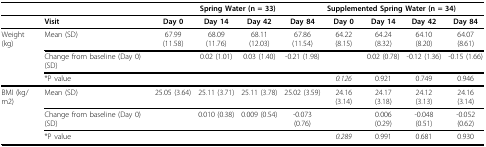
|  |  | <COLSPAN=4> Spring Water (n = 33) | <COLSPAN=4> Supplemented Spring Water (n = 34) |
 | --- | --- | --- | --- | --- | --- | --- | --- | --- | --- |
 |  | Visit | Day 0 | Day 14 | Day 42 | Day 84 | Day 0 | Day 14 | Day 42 | Day 84 |
 | Weight (kg) | Mean (SD) | 67.99 (11.58) | 68.09 (11.76) | 68.11 (12.03) | 67.86 (11.54) | 64.22 (8.15) | 64.24 (8.32) | 64.10 (8.20) | 64.07 (8.61) |
 |  | Change from baseline (Day 0) (SD) |  | 0.02 (1.01) | 0.03 (1.40) | -0.21 (1.98) |  | 0.02 (0.78) | -0.12 (1.36) | -0.15 (1.66) |
 |  | *P value |  |  |  |  | 0.126 | 0.921 | 0.749 | 0.946 |
 | BMI (kg/m2) | Mean (SD) | 25.05 (3.64) | 25.11 (3.71) | 25.11 (3.78) | 25.02 (3.59) | 24.16 (3.14) | 24.17 (3.18) | 24.12 (3.13) | 24.16 (3.14) |
 |  | Change from baseline (Day 0) (SD) |  | 0.010 (0.38) | 0.009 (0.54) | -0.073 (0.76) |  | 0.006 (0.29) | -0.048 (0.51) | -0.052 (0.62) |
 |  | *P value |  |  |  |  | 0.289 | 0.991 | 0.681 | 0.930 |